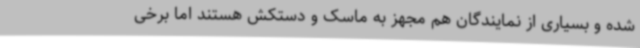
شده و بسیاری از نمایندگان هم مجهز به ماسک و دستکش هستند اما برخی